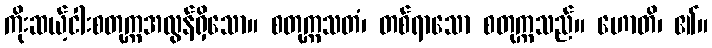
ကိုးဆယ့်ငါးစတုက္ကအလွန်ရှိသော။ စတုက္ကသတံ၊ တစ်ရာသော စတုက္ကသည်။ ဟောတိ၊ ၏။